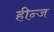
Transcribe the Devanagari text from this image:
हीन्ज